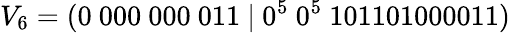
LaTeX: V_{6}=(0\ 000\ 000\ 011\ |\ 0^{5}\ 0^{5}\ 101101000011)